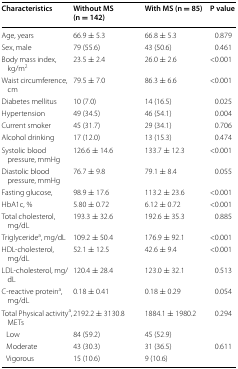
| Characteristics | Without MS (n = 142) | With MS (n = 85) | P value |
 | --- | --- | --- | --- |
 | Age, years | 66.9 ± 5.3 | 66.8 ± 5.3 | 0.879 |
 | Sex, male | 79 (55.6) | 43 (50.6) | 0.461 |
 | Body mass index, kg/m2 | 23.5 ± 2.4 | 26.0 ± 2.6 | <0.001 |
 | Waist circumference, cm | 79.5 ± 7.0 | 86.3 ± 6.6 | <0.001 |
 | Diabetes mellitus | 10 (7.0) | 14 (16.5) | 0.025 |
 | Hypertension | 49 (34.5) | 46 (54.1) | 0.004 |
 | Current smoker | 45 (31.7) | 29 (34.1) | 0.706 |
 | Alcohol drinking | 17 (12.0) | 13 (15.3) | 0.474 |
 | Systolic blood pressure, mmHg | 126.6 ± 14.6 | 133.7 ± 12.3 | <0.001 |
 | Diastolic blood pressure, mmHg | 76.7 ± 9.8 | 79.1 ± 8.4 | 0.055 |
 | Fasting glucose, | 98.9 ± 17.6 | 113.2 ± 23.6 | <0.001 |
 | HbA1c, % | 5.80 ± 0.72 | 6.12 ± 0.72 | <0.001 |
 | Total cholesterol, mg/dL | 193.3 ± 32.6 | 192.6 ± 35.3 | 0.885 |
 | Triglyceridea, mg/dL | 109.2 ± 50.4 | 176.9 ± 92.1 | <0.001 |
 | HDL-cholesterol, mg/dL | 52.1 ± 12.5 | 42.6 ± 9.4 | <0.001 |
 | LDL-cholesterol, mg/dL | 120.4 ± 28.4 | 123.0 ± 32.1 | 0.513 |
 | C-reactive proteina, mg/dL | 0.18 ± 0.41 | 0.18 ± 0.29 | 0.054 |
 | Total Physical activitya, METs | 2192.2 ± 3130.8 | 1884.1 ± 1980.2 | 0.294 |
 | Low | 84 (59.2) | 45 (52.9) |  |
 | Moderate | 43 (30.3) | 31 (36.5) | 0.611 |
 | Vigorous | 15 (10.6) | 9 (10.6) |  |